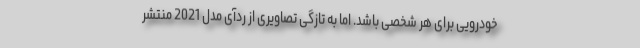
خودرویی برای هر شخصی باشد. اما به تازگی تصاویری از ردآی مدل 2021 منتشر